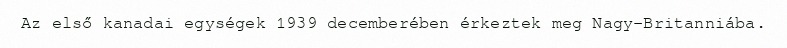
Az első kanadai egységek 1939 decemberében érkeztek meg Nagy-Britanniába.